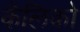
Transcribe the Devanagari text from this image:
कॅलिको